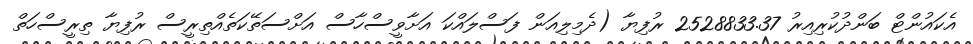
އެކައުންޓް ބަންދުކުރިއިރު 2528833.37 ރުފިޔާ (ދެމިލިއަން ފަސްލައްކަ އަށާވީސްހާސް އަށްސަތޭކަތެއްތިރީސް ރުފިޔާ ތިރީސްހަތް